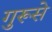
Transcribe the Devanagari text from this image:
गुरूसे